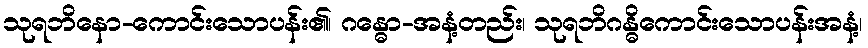
သုရဘိနော-ကောင်းသောပန်း၏၊ ဂန္ဓော-အနံ့တည်း၊ သုရဘိဂန္ဓိကောင်းသောပန်းအနံ့၊